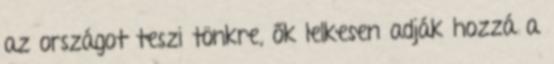
az országot teszi tönkre, ők lelkesen adják hozzá a